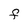
Character: F